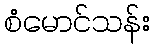
စံမောင်သန်း